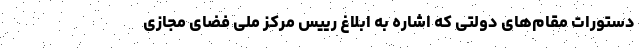
دستورات مقام‌های دولتی که اشاره به ابلاغ رییس مرکز ملی فضای مجازی